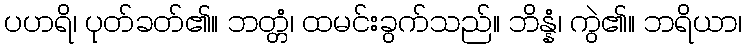
ပဟရိ၊ ပုတ်ခတ်၏။ ဘတ္တံ၊ ထမင်းခွက်သည်။ ဘိန္နံ၊ ကွဲ၏။ ဘရိယာ၊